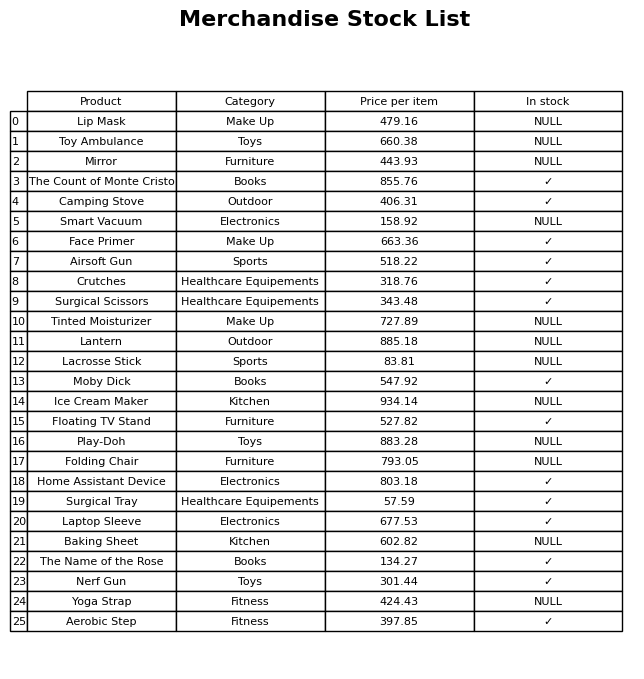
question: What is the price for The Count of Monte Cristo?
answer: The price of The Count of Monte Cristo is 855.76.